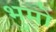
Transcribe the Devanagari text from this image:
भुमो